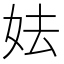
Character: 𡛠